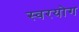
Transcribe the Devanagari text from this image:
स्वरयोग